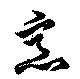
烹